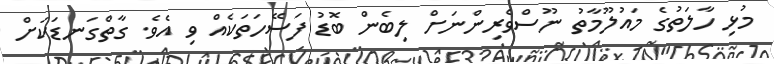
މުޅި ހާލަތުގެ މައުލޫމާތު ނޫސްވެރިންނަށް ލިބެން ބޮޑު ފަސޭހަތަކެއް ވި އެވެ. ގާތްގަނޑަކަށް